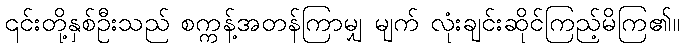
၎င်းတို့နှစ်ဦးသည် စက္ကန့်အတန်ကြာမျှ မျက် လုံးချင်းဆိုင်ကြည့်မိကြ၏။